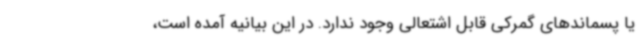
یا پسماندهای گمرکی قابل اشتعالی وجود ندارد. در این بیانیه آمده است،